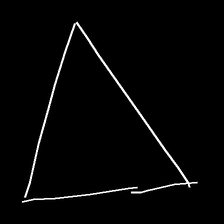
Glyph: convergence